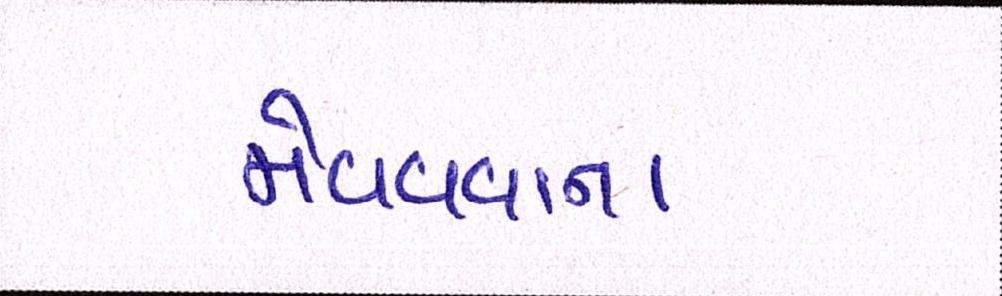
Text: મેળવવાના